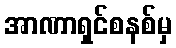
အာဏာရှင်စနစ်မှ